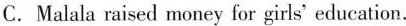
C.Malala raised money for girls' education.